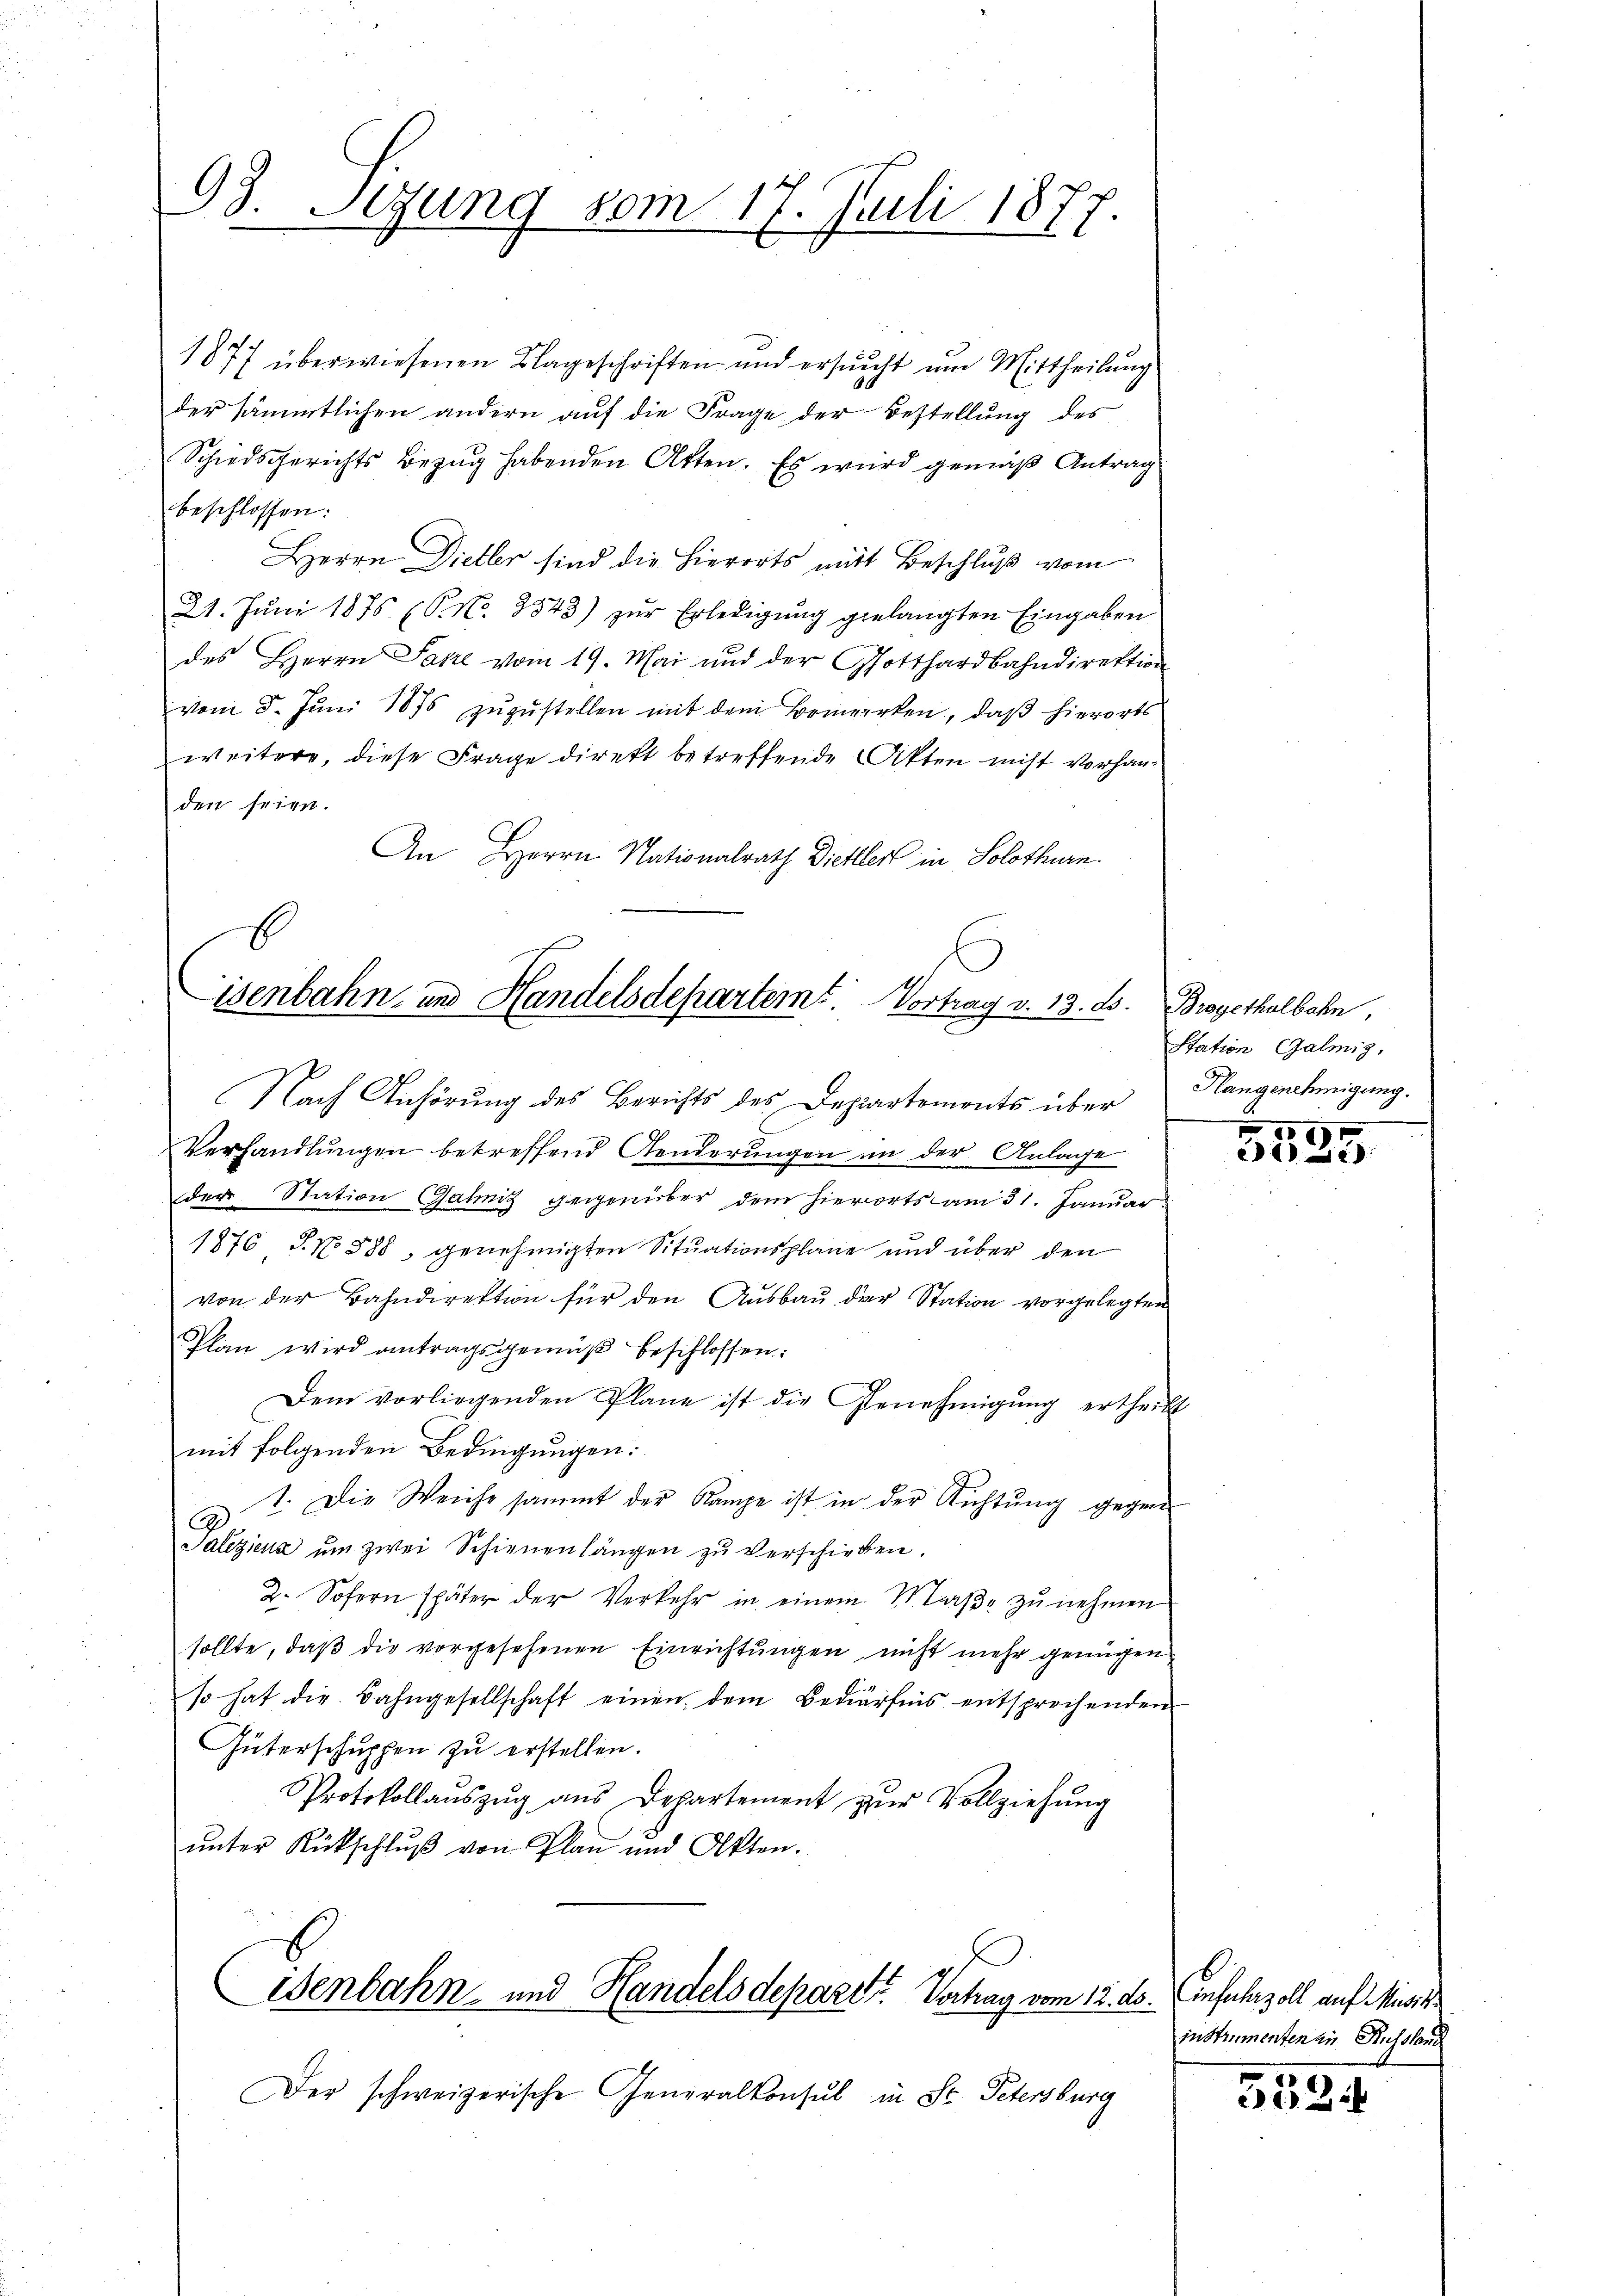
93. Sitzung vom 17. Juli 1877

1877 überwiesenen Klageschriften und ersucht um Mittheilung
der sämmtlichen andern auf die Frage der Bestellung des
Schiedsgerichts Bezug habenden Atten. Es wird gemäß Antrag
beschlossen:
Herrn Dieller sind die Hierorts mit Beschluß vom
21. Jŭni 1875 (P. Nr. 2543) zŭr Erledigŭng gelangten Eingaben
des Herrn Jahre vom 19. Mai und der Gotthardbahndirektion
vom 5. Jŭni 1875 zŭzŭstellen mit dem Bemerken, daß hierorts
weitere, diese Frage direkt betreffende Akten nicht vorhanden seien.
An Herrn Nationalrath Dietler in Solothurn.
E

isenbahn- und Handelsdepartemt. Vortrag v. 13. ds.
Nach Anhörung des Berichts des Departemonts über

Wenbahn- und Handelsdepart. Vortrag vom 12. ds. Einfuhrzoll auf Minis¬

Der schweizerische Generalkonsul in St. Petersburg

Brogethalbahn,
Station Galmig,
Hlangenehmigung.

g
Verhandlŭngen betreffend Aenderŭngen in der Anlage
der Station Gähniz gegenüber dem hierorts am 31. Januar
1876 S. No 588, genehmigten Situationsplane und über den
von der Bahndirektion für den Ausbau der Station vorgelegten
Plan wird antragsgemäβ beschlossen:
Dem vorliegenden Plane ist die Genehmigŭng ertheilt
mit folgenden Bedingungen:
1. Die Weiche sammt der Kampe ist in der Richtung gegen
Paliziens ŭm zwei Schienenlängen zŭ verschieben.
2. Sofern später der Verkehr in einem Maβe zŭ nehmen
sollte, daß die vorgesehenen Einrichtungen nicht mehr genügen,
so hat die Bahngesellschaft einen dem Bedürfnis entsprechenden
Güterschuppen zu erstellen.
Protokollaŭszŭg ans Departement zŭr Vollziehŭng
ŭnter Rückschlŭβ von Plan und Akten.
.

697
e

in Stimmenten in Russland

3524